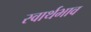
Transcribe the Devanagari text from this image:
स्वार्थभाव